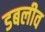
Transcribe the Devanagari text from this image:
डबलीव